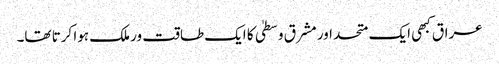
عراق کبھی ایک متحد اور مشرق وسطیٰ کا ایک طاقت ور ملک ہوا کرتا تھا۔